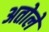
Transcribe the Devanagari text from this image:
अतोले